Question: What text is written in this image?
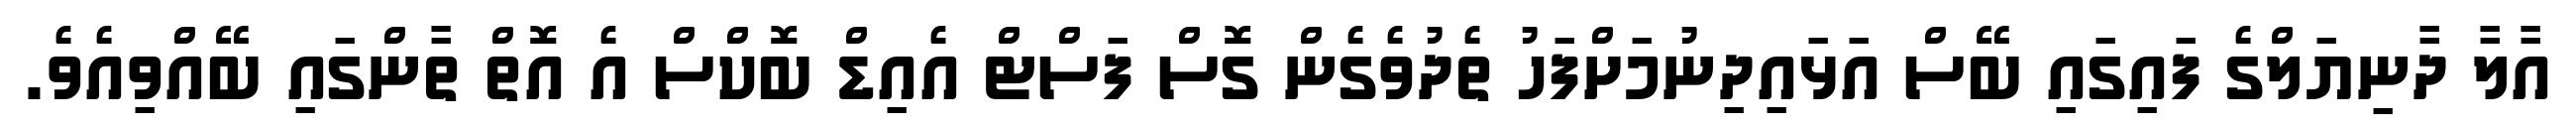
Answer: އާލާ ދާނިޔަލްގެ ފައިގައި ބޭސް އަޅައިދިނުމަށްފަހު ތެދުވެގެން ގޮސް ފަސްޓް އެއިޑް ބޮކްސް އެ އޮތް ތާންގައި ބޭއްވިއެވެ.